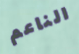
الناعم